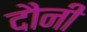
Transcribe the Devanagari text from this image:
दौनी